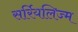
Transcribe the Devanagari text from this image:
सर्रियलिज्म